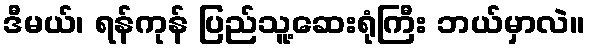
ဒီမယ်၊ ရန်ကုန် ပြည်သူ့ဆေးရုံကြီး ဘယ်မှာလဲ။